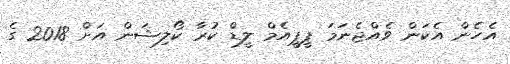
އެހެން އެކަން ވެއްޖެނަމަ ޕީޕީއެމް ލީޑް ކުރާ ކޯލިޝަން އަށް 2018 ގެ